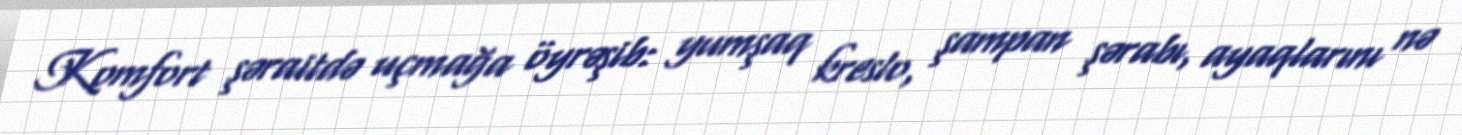
Komfort şəraitdə uçmağa öyrəşib: yumşaq kreslo, şampan şərabı, ayaqlarını nə